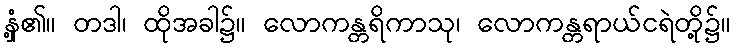
နှံ့၏။ တဒါ၊ ထိုအခါ၌။ လောကန္တရိကာသု၊ လောကန္တရာယ်ငရဲတို့၌။